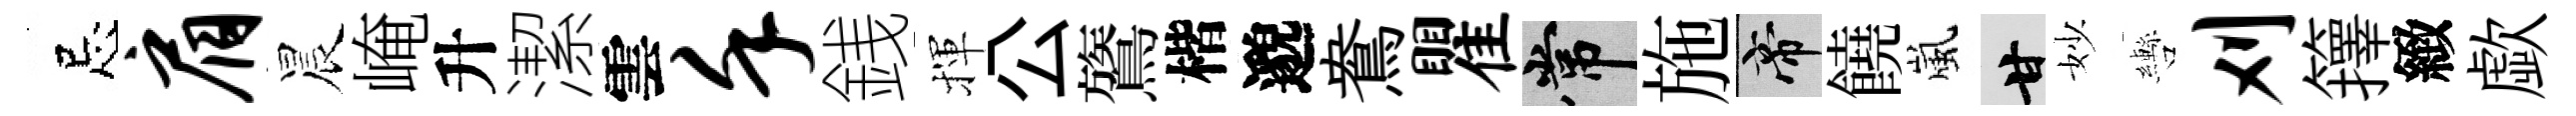
忌肩晨崦升潔雲堇銭揮公鷟楷邈鴦瞿常施帝饒嵐甘妙轡刈籜緻歔